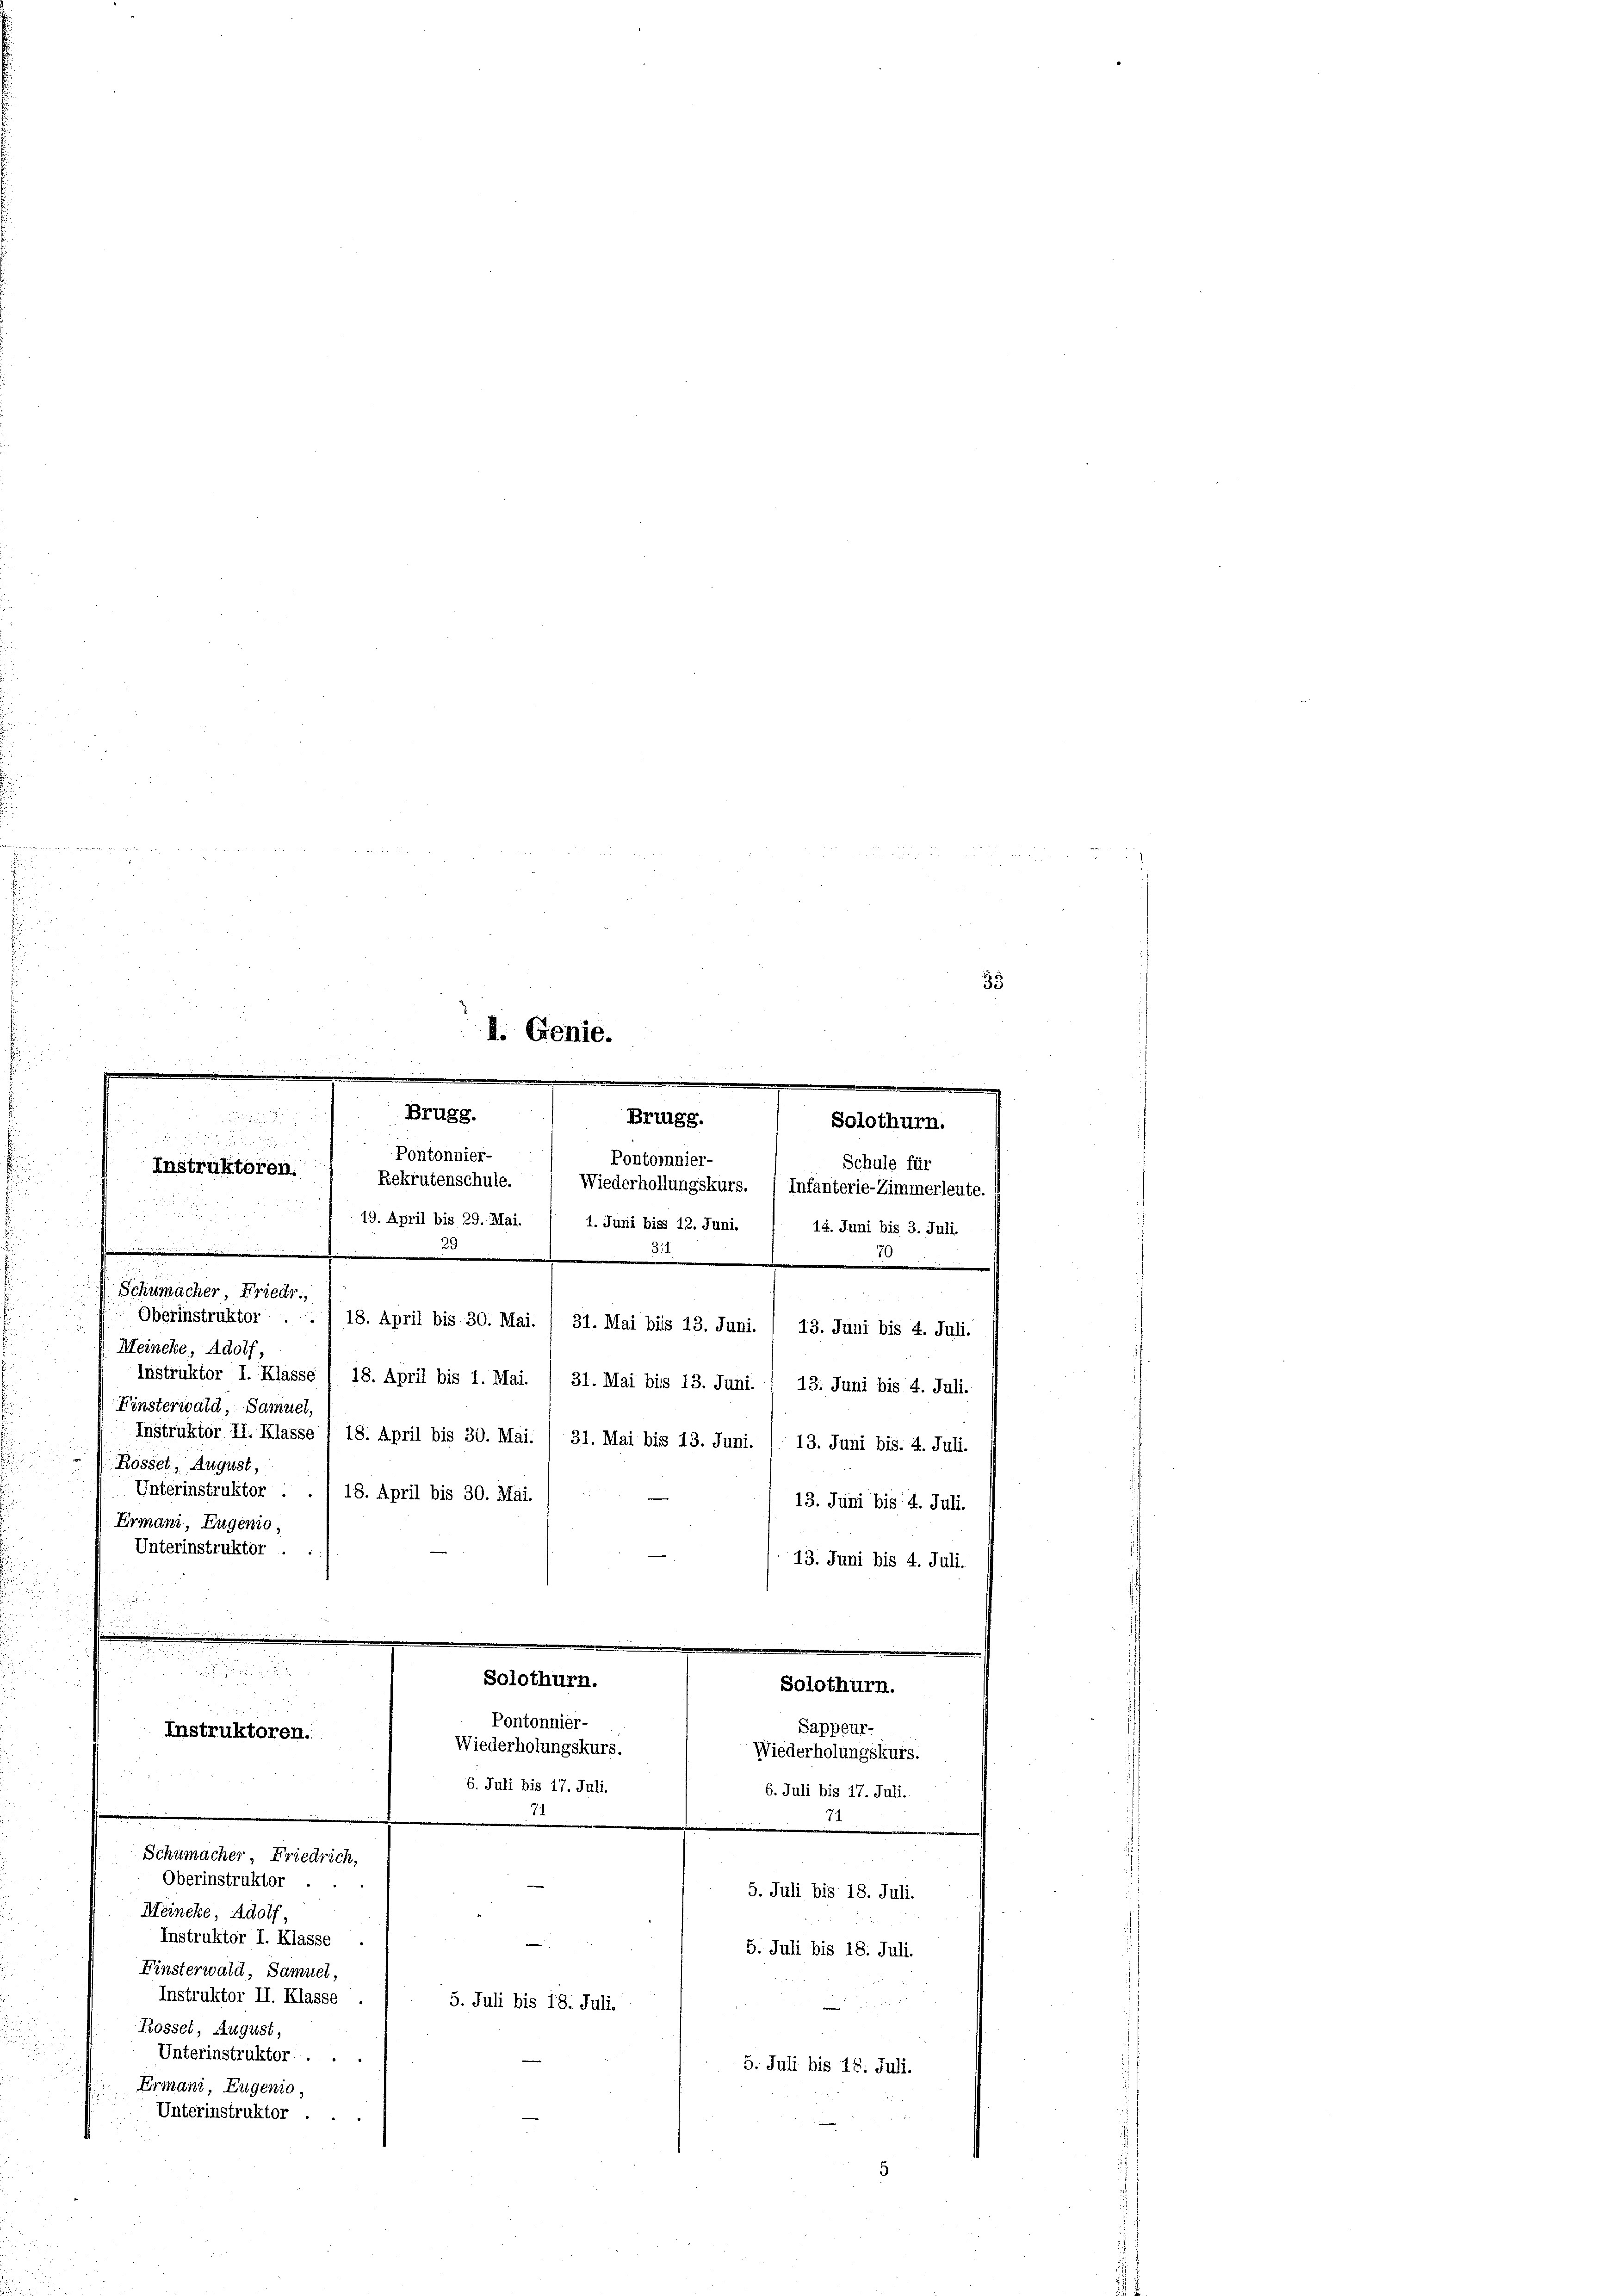
e
I. Genie.
-
n
Brugg.

Brugg.
Solothurn.

a
Pontonnier-
Pontoinnier-
Schule für
Instruktoren.
Rekrutenschule.
Wiederhollungskurs.
Infanterie-Zimmerleute.
i
19. April bis 29. Mai.
1. Juni biss 12. Juni. / 14. Juni bis 3. Juli.
e
i
25
34
.
m
Schumacher, Friedr.

d
Solothurn.
Pontonnier-
Instruktoren.
Wiederholungskurs.

33

Meineke, Adolf,
Finsterwald, Samuel,
Rösset, August,
Ermani, Eugenio,
Unterinstruktor
 13. Juni bis 4. Juli.

Oberinstruktor ./ 18. April bis 30. Mai. / 31. Mai bis 13. Juni. / 13. Juni bis 4. Juli.
Instruktor I. Klasse) 18. April bis 1. Mai. / 31. Mai bis 13. Juni. / 13. Juni bis 4. Juli.
Instruktor II. Klasse 1 18. April bis 30. Mai. / 31. Mai bis 13. Juni. 1. 13. Juni bis. 4. Juli.
Unterinstruktor ./ 18. April bis 30. Mai.
13. Juni bis 4. Juli.

6. Juli bis 17. Juli.
Schumacher, Friedrich,
Oberinstruktor
Meincke, Adolf
Instruktor I. Klasse .
Einsterwald, Samuel,
Instruktor II. Klasse
5. Juli bis 18. Juli.
Rosset, August,
Unterinstruktor.
5. Juli bis 18. Juli.
Ermani, Eugenio,

Unterinstruktor .
 N 5
5

Solothurn.
Sappeur-
Wiederholungskurs.
6. Juli bis 17. Juli.
J
5. Juli bis 18. Juli.
5. Juli bis 18. Juli.
e